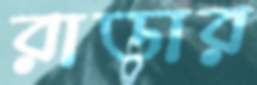
রাডার